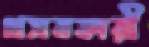
প্রসবকারী